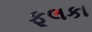
ફૂલકા